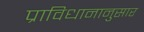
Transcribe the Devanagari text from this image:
प्राविधानानुसार